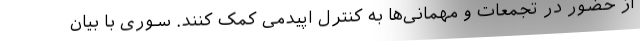
از حضور در تجمعات و مهمانی‌‌ها به کنترل اپیدمی کمک کنند. سوری با بیان